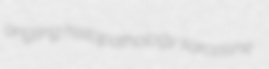
angling histopathology sarcosine